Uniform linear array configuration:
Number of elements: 32
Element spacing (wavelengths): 0.5
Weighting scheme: cosine
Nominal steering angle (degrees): -45
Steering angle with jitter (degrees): -46.104
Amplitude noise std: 0.05
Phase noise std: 0.05

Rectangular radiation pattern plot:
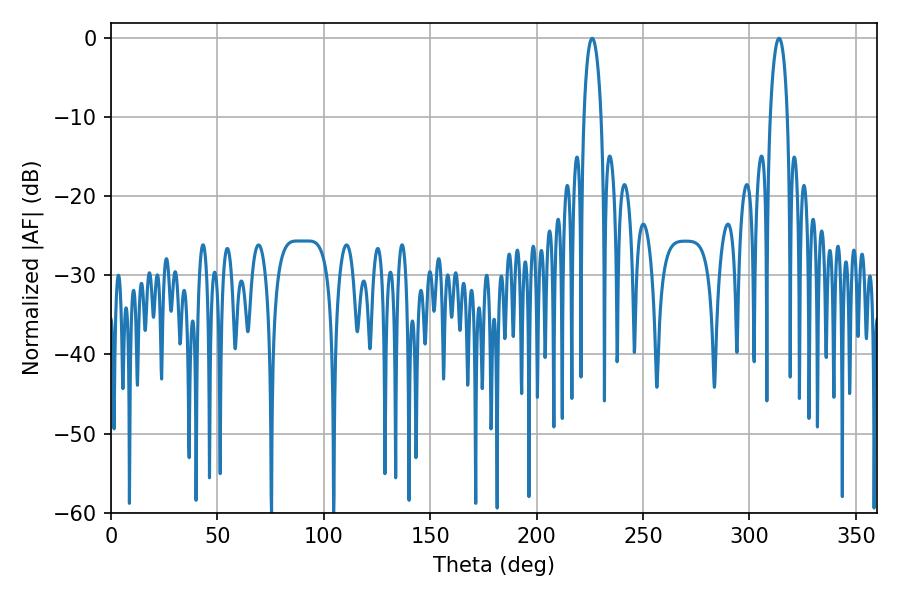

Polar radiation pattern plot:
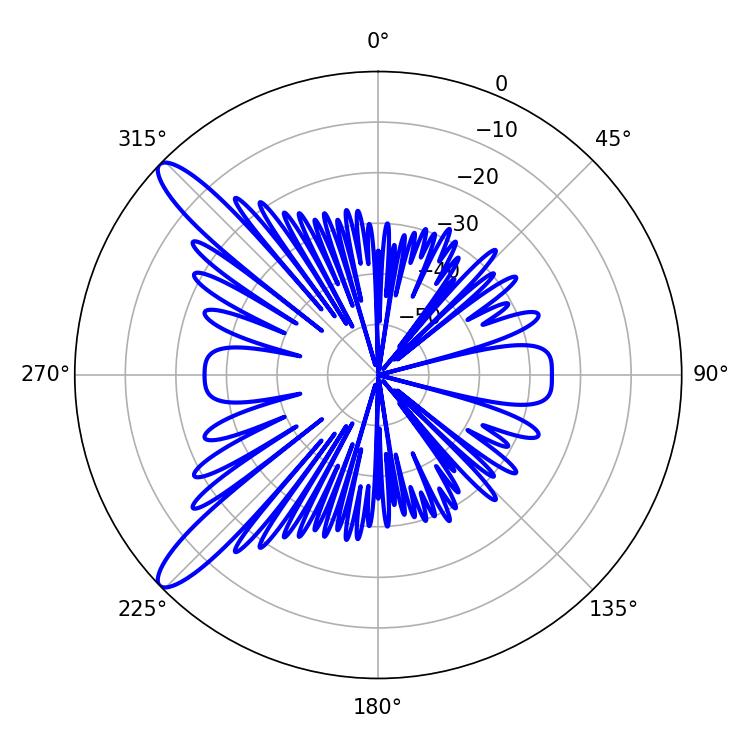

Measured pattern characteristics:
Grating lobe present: FALSE
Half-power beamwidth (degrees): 4.5
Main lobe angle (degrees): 226.08